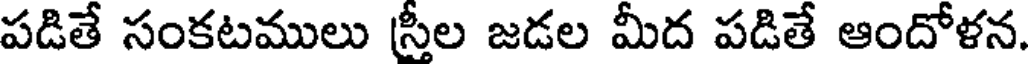
పడితే సంకటములు స్తీల జడల మీద పడితే ఆందోళన